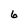
Character: 6